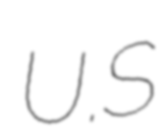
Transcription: U.S